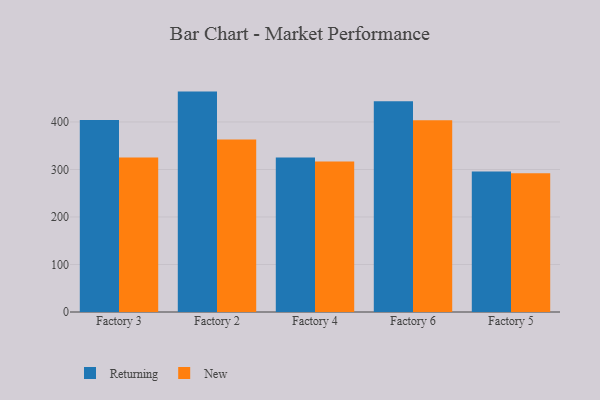
{"axis": {"x": "Factory", "y": "Satisfaction Score"}, "legend": ["New", "Returning"], "data": [{"x": "Factory 3", "y": 404.2, "type": "Returning"}, {"x": "Factory 3", "y": 325.3, "type": "New"}, {"x": "Factory 2", "y": 463.9, "type": "Returning"}, {"x": "Factory 2", "y": 363.0, "type": "New"}, {"x": "Factory 4", "y": 325.0, "type": "Returning"}, {"x": "Factory 4", "y": 316.7, "type": "New"}, {"x": "Factory 6", "y": 443.5, "type": "Returning"}, {"x": "Factory 6", "y": 403.6, "type": "New"}, {"x": "Factory 5", "y": 295.7, "type": "Returning"}, {"x": "Factory 5", "y": 291.8, "type": "New"}]}